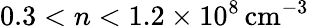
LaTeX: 0.3<n<1.2\times 10^{8}\, \mathrm{cm}^{-3}